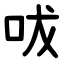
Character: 㕹